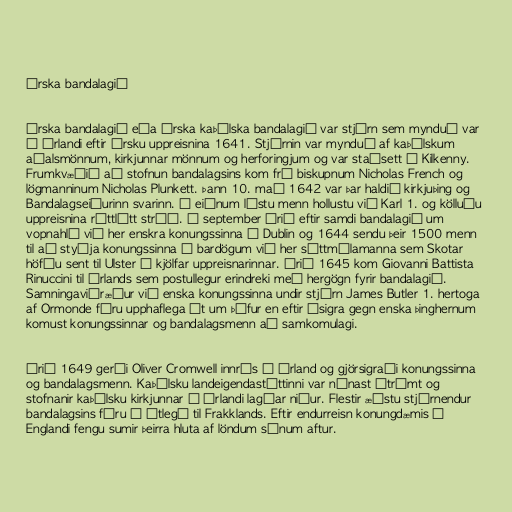
Írska bandalagið

Írska bandalagið eða Írska kaþólska bandalagið var stjórn sem mynduð var
á Írlandi eftir írsku uppreisnina 1641. Stjórnin var mynduð af kaþólskum
aðalsmönnum, kirkjunnar mönnum og herforingjum og var staðsett í Kilkenny.
Frumkvæðið að stofnun bandalagsins kom frá biskupnum Nicholas French og
lögmanninum Nicholas Plunkett. Þann 10. maí 1642 var þar haldið kirkjuþing og
Bandalagseiðurinn svarinn. Í eiðnum lýstu menn hollustu við Karl 1. og kölluðu
uppreisnina réttlátt stríð. Í september árið eftir samdi bandalagið um
vopnahlé við her enskra konungssinna í Dublin og 1644 sendu þeir 1500 menn
til að styðja konungssinna í bardögum við her sáttmálamanna sem Skotar
höfðu sent til Ulster í kjölfar uppreisnarinnar. Árið 1645 kom Giovanni Battista
Rinuccini til Írlands sem postullegur erindreki með hergögn fyrir bandalagið.
Samningaviðræður við enska konungssinna undir stjórn James Butler 1. hertoga
af Ormonde fóru upphaflega út um þúfur en eftir ósigra gegn enska þinghernum
komust konungssinnar og bandalagsmenn að samkomulagi.

Árið 1649 gerði Oliver Cromwell innrás í Írland og gjörsigraði konungssinna
og bandalagsmenn. Kaþólsku landeigendastéttinni var nánast útrýmt og
stofnanir kaþólsku kirkjunnar á Írlandi lagðar niður. Flestir æðstu stjórnendur
bandalagsins fóru í útlegð til Frakklands. Eftir endurreisn konungdæmis í
Englandi fengu sumir þeirra hluta af löndum sínum aftur.